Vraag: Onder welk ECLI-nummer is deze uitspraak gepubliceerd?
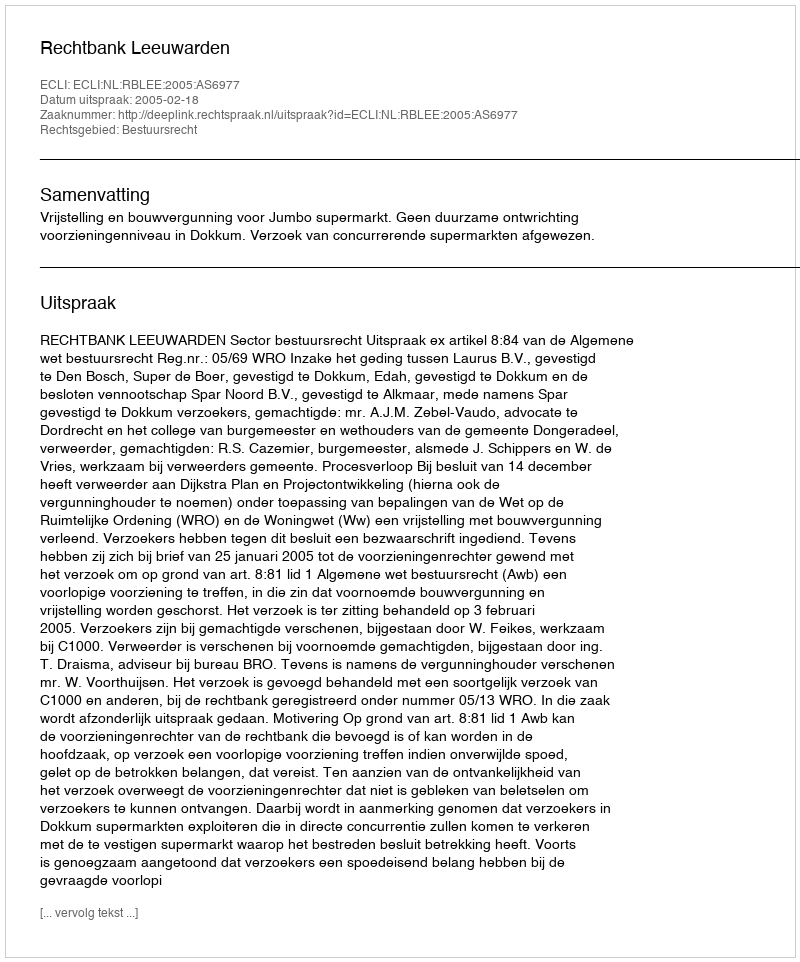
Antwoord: ECLI:NL:RBLEE:2005:AS6977